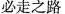
必走之路